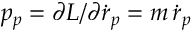
p _ { p } = \partial L / \partial \dot { r } _ { p } = m \, \dot { r } _ { p }